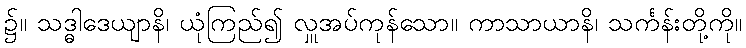
၌။ သဒ္ဓါဒေယျာနိ၊ ယုံကြည်၍ လှူအပ်ကုန်သော။ ကာသာယာနိ၊ သင်္ကန်းတို့ကို။